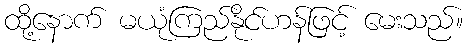
ထို့နောက် မယုံကြည်နိုင်ဟန်ဖြင့် မေးသည်။